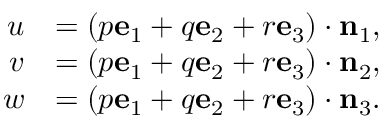
{ \begin{array} { r l } { u } & { = ( p \mathbf { e } _ { 1 } + q \mathbf { e } _ { 2 } + r \mathbf { e } _ { 3 } ) \cdot \mathbf { n } _ { 1 } , } \\ { v } & { = ( p \mathbf { e } _ { 1 } + q \mathbf { e } _ { 2 } + r \mathbf { e } _ { 3 } ) \cdot \mathbf { n } _ { 2 } , } \\ { w } & { = ( p \mathbf { e } _ { 1 } + q \mathbf { e } _ { 2 } + r \mathbf { e } _ { 3 } ) \cdot \mathbf { n } _ { 3 } . } \end{array} }